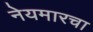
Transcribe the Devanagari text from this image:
नेयमारचा